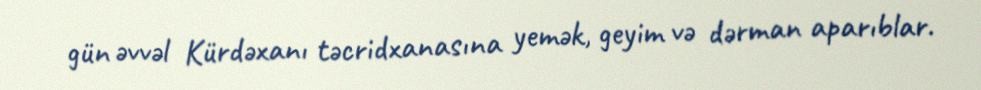
gün əvvəl Kürdəxanı təcridxanasına yemək, geyim və dərman aparıblar.